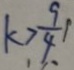
k > \frac { 9 } { 4 }